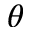
\theta